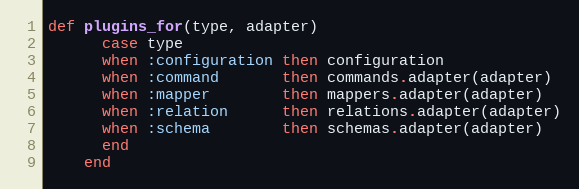
Language: Ruby
def plugins_for(type, adapter)
      case type
      when :configuration then configuration
      when :command       then commands.adapter(adapter)
      when :mapper        then mappers.adapter(adapter)
      when :relation      then relations.adapter(adapter)
      when :schema        then schemas.adapter(adapter)
      end
    end